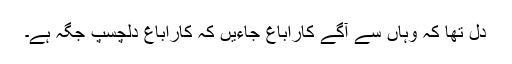
دل تھا کہ وہاں سے آگے کاراباغ جاءیں کہ کاراباغ دلچسپ جگہ ہے۔